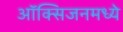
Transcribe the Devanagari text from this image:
ऑक्सिजनमध्ये